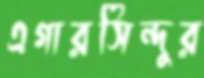
এগারসিন্দুর